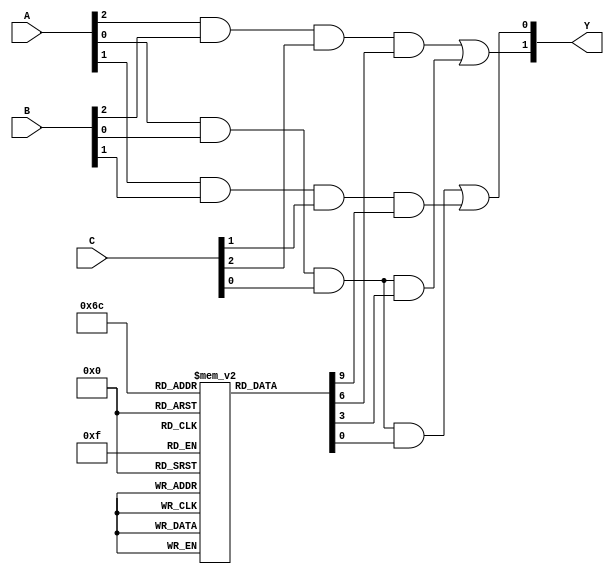
module masked_pal (
    input wire [2:0] A,      // 3-bit input, example: A2, A1, A0
    input wire [2:0] B,      // 3-bit input, example: B2, B1, B0
    input wire [2:0] C,      // 3-bit input, example: C2, C1, C0
    output wire [1:0] Y      // 2 outputs, example: Y1, Y0
);

// Parameters for the AND and OR arrays
parameter NUM_AND_GATES = 4;
parameter NUM_OR_GATES = 2;

// Define the programmable AND array with masking
wire [NUM_AND_GATES-1:0] and_out;
reg [2:0] mask [NUM_AND_GATES-1:0]; // Mask register for AND gates

// Simulate Programmable AND Gates
generate
    genvar i;
    for (i = 0; i < NUM_AND_GATES; i = i + 1) begin: and_gates
        assign and_out[i] = ((A[i % 3] & B[i % 3] & C[i % 3]) & mask[i]);
    end
endgenerate

// Fixed OR array
wire or_out[NUM_OR_GATES-1:0];

// Assigning outputs based on programmed AND gates connections
assign or_out[0] = and_out[0] | and_out[1]; // Example OR Gate 1
assign or_out[1] = and_out[2] | and_out[3]; // Example OR Gate 2

// Final outputs
assign Y[0] = or_out[0];
assign Y[1] = or_out[1];

// Initialize masking values (example configuration)
// These would typically be set during programming
initial begin
    mask[0] = 3'b111; // All connections allowed for AND gate 0
    mask[1] = 3'b011; // Mask input C for AND gate 1
    mask[2] = 3'b000; // All connections disabled for AND gate 2
    mask[3] = 3'b111; // All connections allowed for AND gate 3
end

endmodule